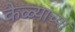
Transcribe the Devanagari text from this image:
केळ्यांच्या